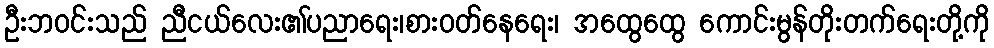
ဦးဘဝင်းသည် ညီငယ်လေး၏ပညာရေး၊စားဝတ်နေရေး၊ အထွေထွေ ကောင်းမွန်တိုးတက်ရေးတို့ကို